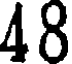
48